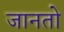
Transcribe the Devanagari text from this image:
जानतो